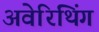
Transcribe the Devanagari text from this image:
अवेरिथिंग